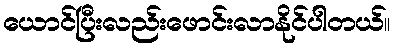
ယောင်ပြီးလည်းဖောင်းလာနိုင်ပါတယ်။